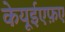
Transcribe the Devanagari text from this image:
केयूईएफ़ए